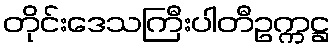
တိုင်းဒေသကြီးပါတီဥက္ကဋ္ဌ